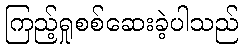
ကြည့်ရှုစစ်ဆေးခဲ့ပါသည်